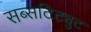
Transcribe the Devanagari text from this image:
सब्सटिट्युट